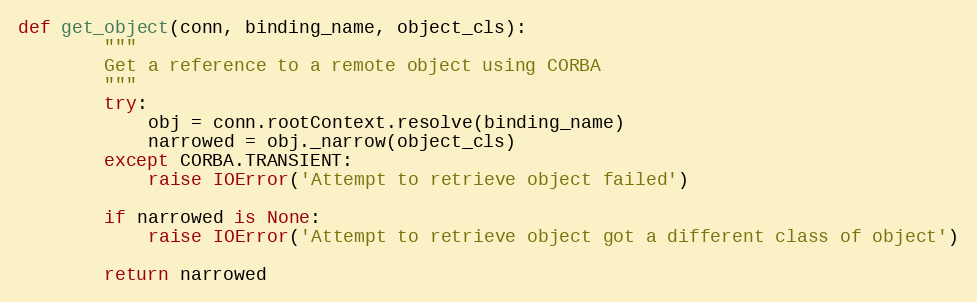
Language: Python
def get_object(conn, binding_name, object_cls):
        """
        Get a reference to a remote object using CORBA
        """
        try:
            obj = conn.rootContext.resolve(binding_name)
            narrowed = obj._narrow(object_cls)
        except CORBA.TRANSIENT:
            raise IOError('Attempt to retrieve object failed')

        if narrowed is None:
            raise IOError('Attempt to retrieve object got a different class of object')

        return narrowed